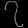
Digit: ၇